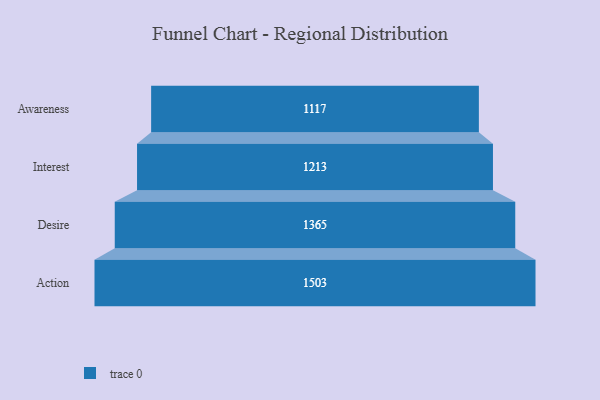
{"axis": {"x": "Stage", "y": "Value"}, "legend": [""], "data": [{"x": "Awareness", "y": 1117.0, "type": ""}, {"x": "Interest", "y": 1213.0, "type": ""}, {"x": "Desire", "y": 1365.0, "type": ""}, {"x": "Action", "y": 1503.0, "type": ""}]}